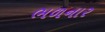
ભળનાર